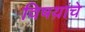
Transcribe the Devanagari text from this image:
विषय़ांचे